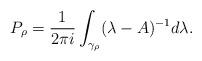
LaTeX: \begin{align*}P_\rho = \frac{1}{2\pi i} \int_{\gamma_\rho} (\lambda-A)^{-1} d\lambda.\end{align*}